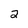
Character: 2